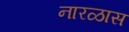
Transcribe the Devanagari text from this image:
नारळास